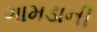
ગામડાની